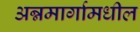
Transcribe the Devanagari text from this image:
अन्नमार्गामधील